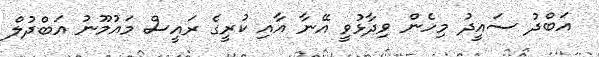
އަބްދު ސައީދު މިހެން ވިދާޅުވީ އޭނާ އާއި ކުރީގެ ރައީސް މައުމޫނު އަބްދުލް